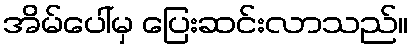
အိမ်ပေါ်မှ ပြေးဆင်းလာသည်။